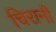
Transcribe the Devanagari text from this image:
चिरानी